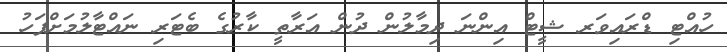
ހުއްޓި ޑްރައިވަރ ޝީޓް އިންނަ ދިމާލުން ދުން އަރާތީ ކާރުގެ ބެޓަރި ނައްޓާލުމަށްފަހު